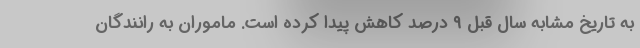
به تاریخ مشابه سال قبل ٩ درصد کاهش پیدا کرده است. ماموران به رانندگان